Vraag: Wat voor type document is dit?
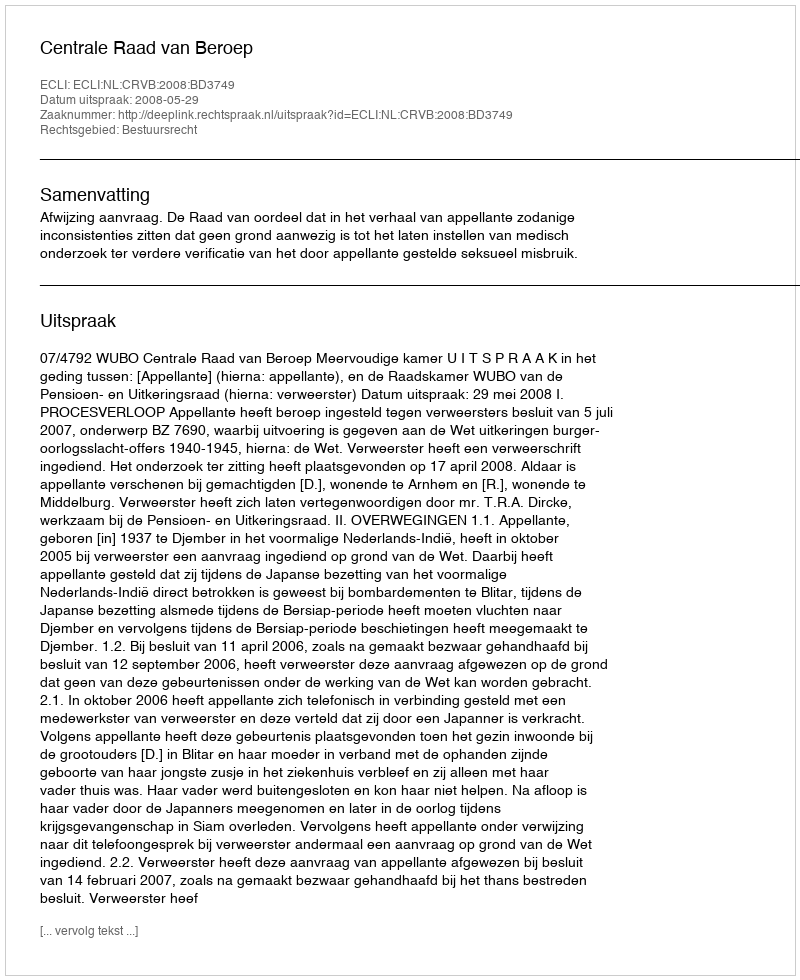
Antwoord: Uitspraak